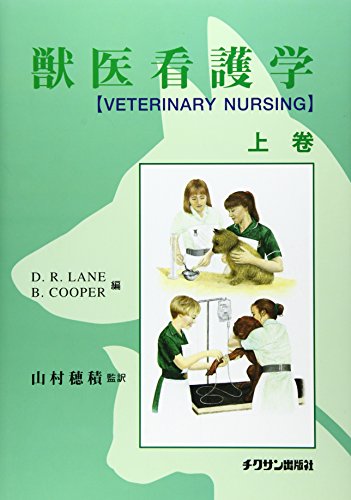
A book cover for Veterinary Nursing (AL) (1998) ISBN: 4885006333 [Japanese Import]; Medical Books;